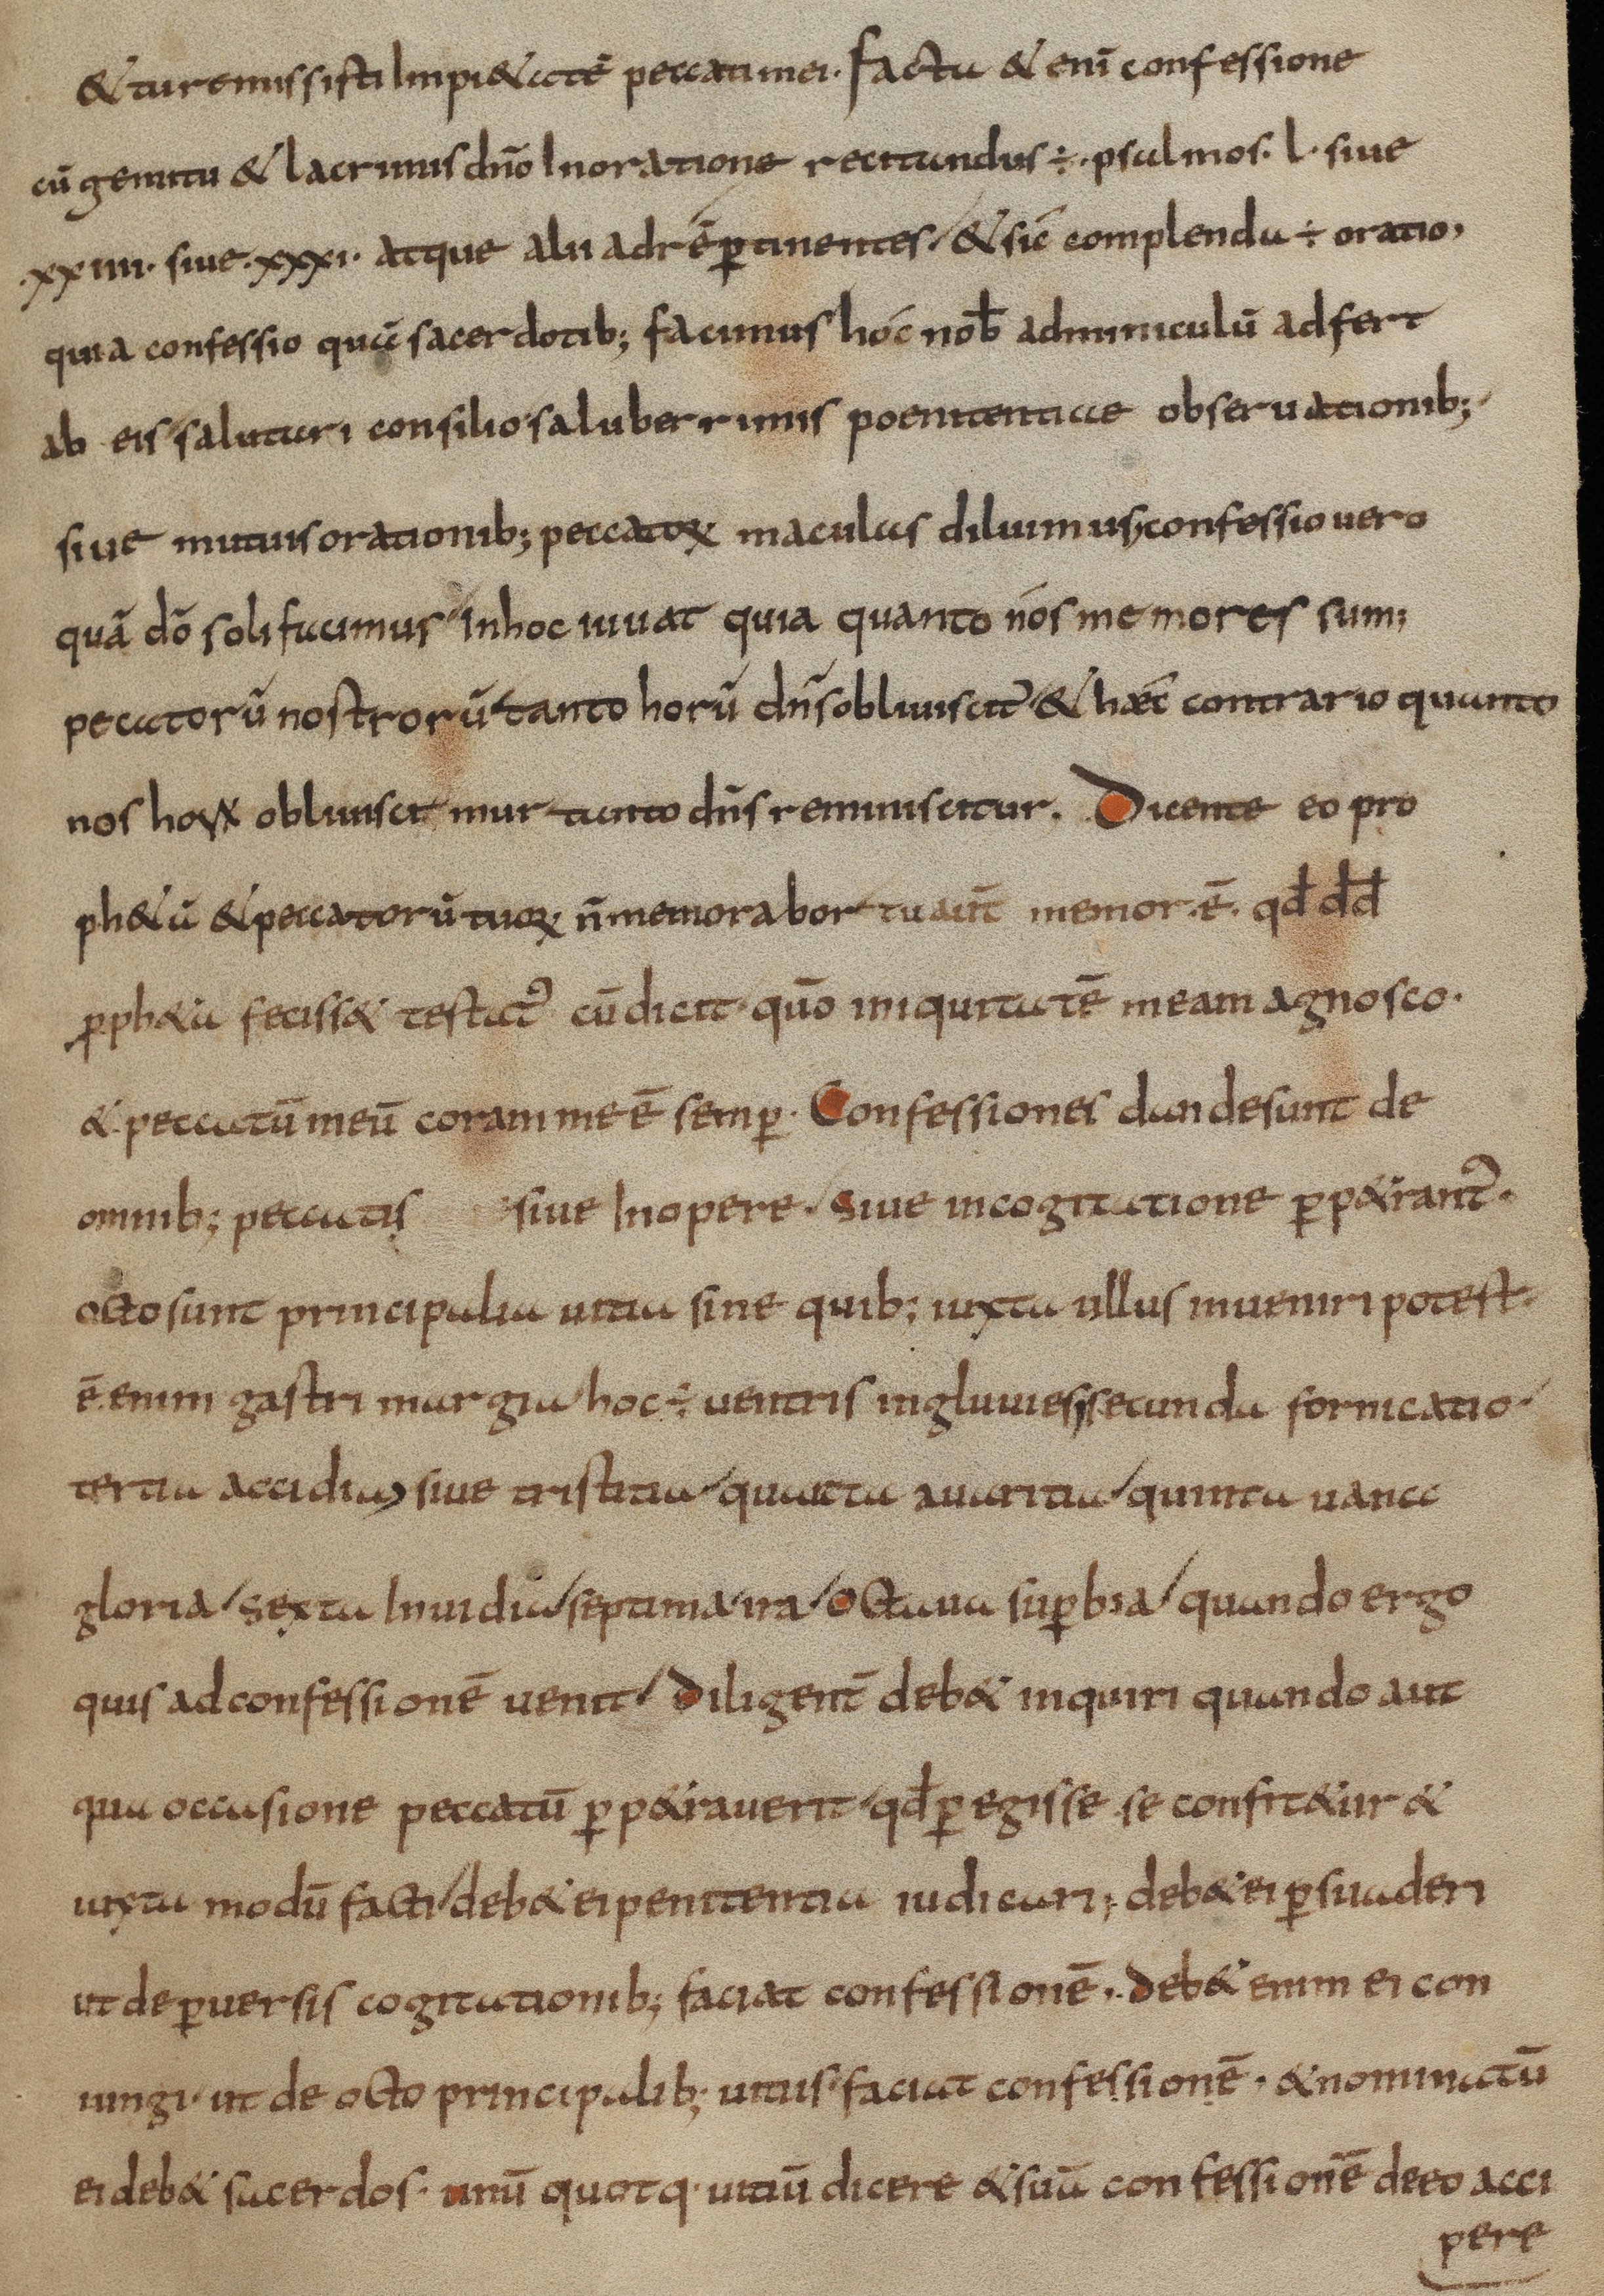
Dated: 800–824